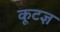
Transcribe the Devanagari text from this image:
कूटज्ञ